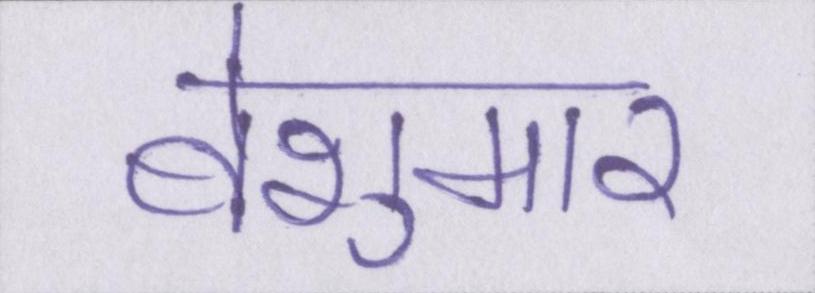
बेशुमार